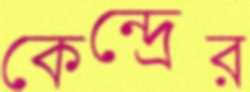
কেন্দ্রের